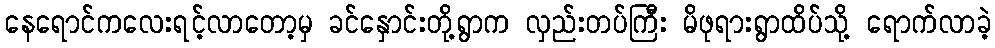
နေရောင်ကလေးရင့်လာတော့မှ ခင်နှောင်းတို့ရွာက လှည်းတပ်ကြီး မိဖုရားရွာထိပ်သို့ ရောက်လာခဲ့